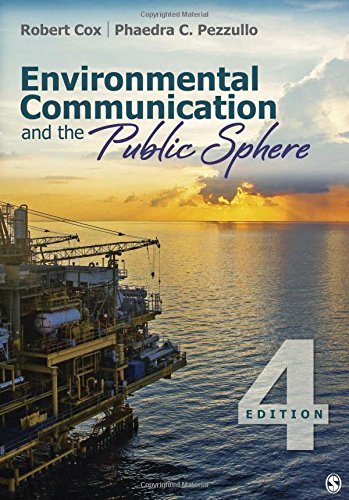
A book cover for Environmental Communication and the Public Sphere; J. Robert Cox; Business & Money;